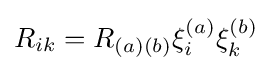
R_{ik}=R_{(a)(b)}\xi _{i}^{(a)}\xi _{k}^{(b)}